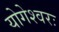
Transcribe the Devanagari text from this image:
योगेश्वरः